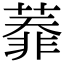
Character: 𦻅